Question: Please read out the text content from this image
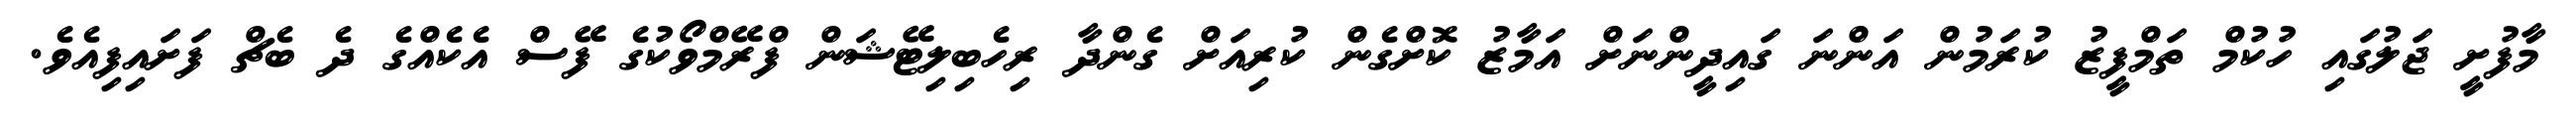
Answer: މާފުށީ ޖަލުގައި ހުކުމް ތަމްފީޒު ކުރަމުން އަންނަ ގައިދީންނަށް އަމާޒު ކޮށްގެން ކުރިއަށް ގެންދާ ރިހެބިލިޓޭޝަން ފްރޭމްވޯކުގެ ފޭސް އެކެއްގެ ދެ ބެޗް ފަށައިފިއެވެ.